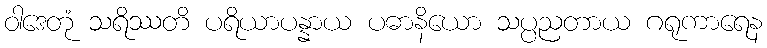
ဝါဒေတုံ သရိဿတိ ပရိယာပန္နာယ ပဓာနိယော သပ္ပညတာယ ဂရုကာရေန